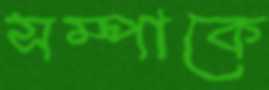
সম্পাকে